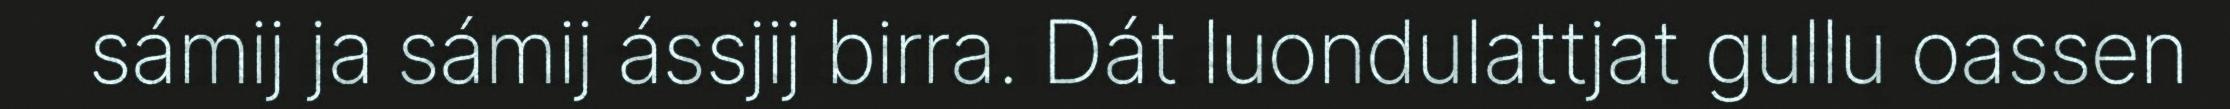
sámij ja sámij ássjij birra. Dát luondulattjat gullu oassen